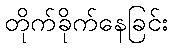
တိုက်ခိုက်နေခြင်း